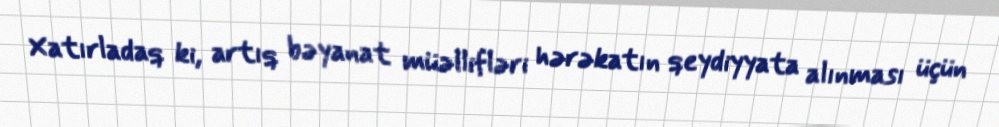
Xatırladaq ki, artıq bəyanat müəllifləri hərəkatın qeydiyyata alınması üçün